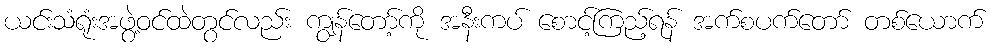
ယင်းသံရုံးအဖွဲ့ဝင်ထဲတွင်လည်း ကျွန်တော့်ကို အနီးကပ် စောင့်ကြည့်ရန် အက်စပက်တော် တစ်ယောက်